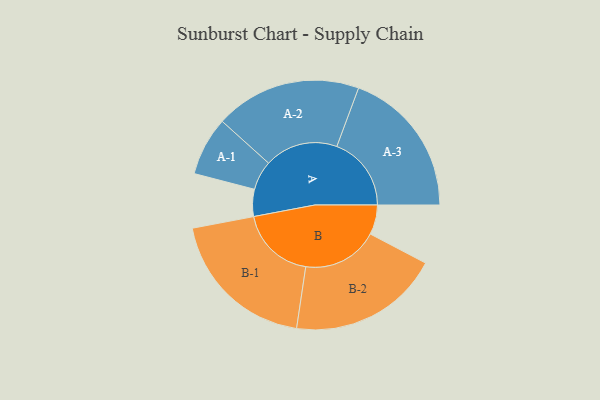
{"axis": {"x": "Segment", "y": "Value"}, "legend": ["", "A", "B"], "data": [{"x": "A", "y": 105, "type": ""}, {"x": "B", "y": 115, "type": ""}, {"x": "A-1", "y": 114, "type": "A"}, {"x": "A-2", "y": 284, "type": "A"}, {"x": "A-3", "y": 289, "type": "A"}, {"x": "B-1", "y": 294, "type": "B"}, {"x": "B-2", "y": 294, "type": "B"}]}